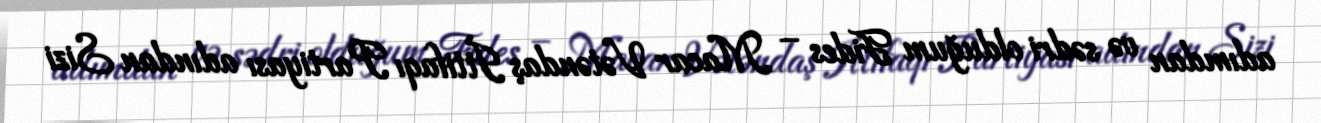
adımdan və sədri olduğum Fides – Macar Vətəndaş İttifaqı Partiyası adından Sizi